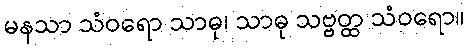
မနသာ သံဝရော သာဓု၊ သာဓု သဗ္ဗတ္ထ သံဝရော။